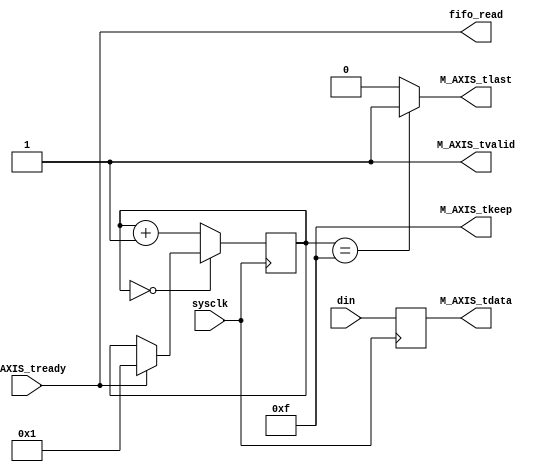
`timescale 1ns / 1ps

//ver1 

module fifo2dmav1(
            sysclk,din,fifo_read,M_AXIS_tdata,M_AXIS_tkeep,M_AXIS_tlast,M_AXIS_tready,M_AXIS_tvalid
    );
    
	input sysclk;
	input [31:0]din;
	
	output fifo_read;
	output [31:0]M_AXIS_tdata;
	output [3:0]M_AXIS_tkeep;
	output M_AXIS_tlast;
	input M_AXIS_tready;
	output M_AXIS_tvalid;
	
	reg [10:0]count;
	reg [31:0]data;
	
	always@(posedge sysclk)begin
	   data <= din;
	end
	
	always@(posedge sysclk)begin
	   if(count == 0)
	       if(M_AXIS_tready)
	           count <= 1;
	       else
	           count <= count;
	   else
	       count <= count + 1;
	end
	
	/*
	always@(posedge sysclk)begin
		if(cntset)
			datacount <=fifo_count ;
		else if(M_AXIS_tready)
			datacount <= datacount-1;
		else
			datacount <= datacount;
	end
	*/
	
    assign fifo_read = M_AXIS_tready;
	assign M_AXIS_tdata = data;
	assign M_AXIS_tkeep = 4'b1111;
	assign M_AXIS_tlast = (count==15)? 1:0;
	assign M_AXIS_tvalid = 1;
	
endmodule